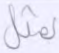
بمثل